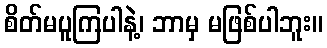
စိတ်မပူကြပါနဲ့၊ ဘာမှ မဖြစ်ပါဘူး။